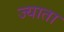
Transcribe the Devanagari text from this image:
ज्याता